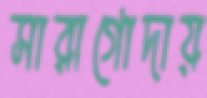
সারাগোদায়